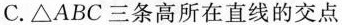
C.△ABC三条高所在直线的交点